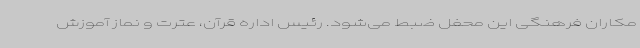
مکاران فرهنگی این محفل ضبط می‌شود. رئیس اداره قرآن، عترت و نماز آموزش